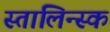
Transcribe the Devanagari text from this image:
स्तालिन्स्क